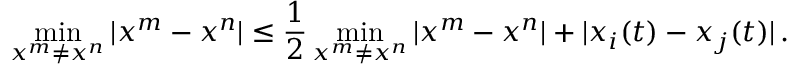
\operatorname* { m i n } _ { x ^ { m } \neq x ^ { n } } | x ^ { m } - x ^ { n } | \leq \frac { 1 } { 2 } \operatorname* { m i n } _ { x ^ { m } \neq x ^ { n } } | x ^ { m } - x ^ { n } | + | x _ { i } ( t ) - x _ { j } ( t ) | \, .